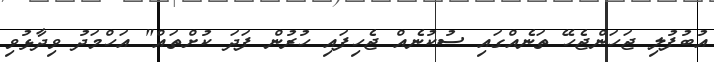
އުބުފުލި ޖަހަންޖެހޭ ތަނެއްގައި ސުކުނެއް ޖެހިފައި ހުރުން ފަދަ ކުށްތައް" އަހްމަދު ވިދާޅުވި